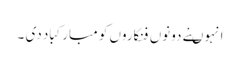
انہوںنے دونوں فنکاروں کو مبارکباد دی ۔